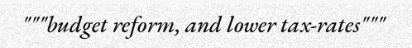
"""budget reform, and lower tax-rates"""